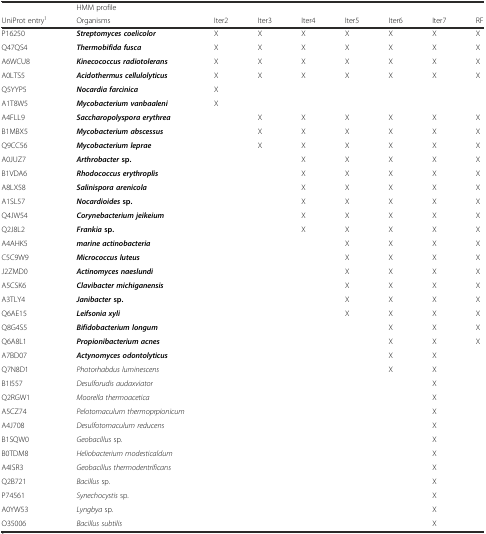
<table><thead><tr><td>[EMPTY_CELL]</td><td colspan="8"><b>HMM profile</b></td></tr><tr><td><b>UniProt entry<sup>1</sup></b></td><td><b>Organisms</b></td><td><b>Iter2</b></td><td><b>Iter3</b></td><td><b>Iter4</b></td><td><b>Iter5</b></td><td><b>Iter6</b></td><td><b>Iter7</b></td><td><b>RF</b></td></tr></thead><tbody><tr><td>P16250</td><td><b><i>Streptomyces coelicolor</i></b></td><td>X</td><td>X</td><td>X</td><td>X</td><td>X</td><td>X</td><td>X</td></tr><tr><td>Q47QS4</td><td><b><i>Thermobifida fusca</i></b></td><td>X</td><td>X</td><td>X</td><td>X</td><td>X</td><td>X</td><td>X</td></tr><tr><td>A6WCU8</td><td><b><i>Kinecococcus radiotolerans</i></b></td><td>X</td><td>X</td><td>X</td><td>X</td><td>X</td><td>X</td><td>X</td></tr><tr><td>A0LTS5</td><td><b><i>Acidothermus cellulolyticus</i></b></td><td>X</td><td>X</td><td>X</td><td>X</td><td>X</td><td>X</td><td>X</td></tr><tr><td>Q5YYP5</td><td><b><i>Nocardia farcinica</i></b></td><td>X</td><td>[EMPTY_CELL]</td><td>[EMPTY_CELL]</td><td>[EMPTY_CELL]</td><td>[EMPTY_CELL]</td><td>[EMPTY_CELL]</td><td>[EMPTY_CELL]</td></tr><tr><td>A1T8W5</td><td><b><i>Mycobacterium vanbaaleni</i></b></td><td>X</td><td>[EMPTY_CELL]</td><td>[EMPTY_CELL]</td><td>[EMPTY_CELL]</td><td>[EMPTY_CELL]</td><td>[EMPTY_CELL]</td><td>[EMPTY_CELL]</td></tr><tr><td>A4FLL9</td><td><b><i>Saccharopolyspora erythrea</i></b></td><td>[EMPTY_CELL]</td><td>X</td><td>X</td><td>X</td><td>X</td><td>X</td><td>X</td></tr><tr><td>B1MBX5</td><td><b><i>Mycobacterium abscessus</i></b></td><td>[EMPTY_CELL]</td><td>X</td><td>X</td><td>X</td><td>X</td><td>X</td><td>X</td></tr><tr><td>Q9CC56</td><td><b><i>Mycobacterium leprae</i></b></td><td>[EMPTY_CELL]</td><td>X</td><td>X</td><td>X</td><td>X</td><td>X</td><td>X</td></tr><tr><td>A0JUZ7</td><td><b><i>Arthrobacter</i></b><b>sp.</b></td><td>[EMPTY_CELL]</td><td>[EMPTY_CELL]</td><td>X</td><td>X</td><td>X</td><td>X</td><td>X</td></tr><tr><td>B1VDA6</td><td><b><i>Rhodococcus erythroplis</i></b></td><td>[EMPTY_CELL]</td><td>[EMPTY_CELL]</td><td>X</td><td>X</td><td>X</td><td>X</td><td>X</td></tr><tr><td>A8LX58</td><td><b><i>Salinispora arenicola</i></b></td><td>[EMPTY_CELL]</td><td>[EMPTY_CELL]</td><td>X</td><td>X</td><td>X</td><td>X</td><td>X</td></tr><tr><td>A1SL57</td><td><b><i>Nocardioides</i></b><b>sp.</b></td><td>[EMPTY_CELL]</td><td>[EMPTY_CELL]</td><td>X</td><td>X</td><td>X</td><td>X</td><td>X</td></tr><tr><td>Q4JW54</td><td><b><i>Corynebacterium jeikeium</i></b></td><td>[EMPTY_CELL]</td><td>[EMPTY_CELL]</td><td>X</td><td>X</td><td>X</td><td>X</td><td>X</td></tr><tr><td>Q2J8L2</td><td><b><i>Frankia</i></b><b>sp.</b></td><td>[EMPTY_CELL]</td><td>[EMPTY_CELL]</td><td>X</td><td>X</td><td>X</td><td>X</td><td>X</td></tr><tr><td>A4AHK5</td><td><b><i>marine actinobacteria</i></b></td><td>[EMPTY_CELL]</td><td>[EMPTY_CELL]</td><td>[EMPTY_CELL]</td><td>X</td><td>X</td><td>X</td><td>X</td></tr><tr><td>C5C9W9</td><td><b><i>Micrococcus luteus</i></b></td><td>[EMPTY_CELL]</td><td>[EMPTY_CELL]</td><td>[EMPTY_CELL]</td><td>X</td><td>X</td><td>X</td><td>X</td></tr><tr><td>J2ZMD0</td><td><b><i>Actinomyces naeslundi</i></b></td><td>[EMPTY_CELL]</td><td>[EMPTY_CELL]</td><td>[EMPTY_CELL]</td><td>X</td><td>X</td><td>X</td><td>X</td></tr><tr><td>A5CSK6</td><td><b><i>Clavibacter michiganensis</i></b></td><td>[EMPTY_CELL]</td><td>[EMPTY_CELL]</td><td>[EMPTY_CELL]</td><td>X</td><td>X</td><td>X</td><td>X</td></tr><tr><td>A3TLY4</td><td><b><i>Janibacter</i></b><b>sp.</b></td><td>[EMPTY_CELL]</td><td>[EMPTY_CELL]</td><td>[EMPTY_CELL]</td><td>X</td><td>X</td><td>X</td><td>X</td></tr><tr><td>Q6AE15</td><td><b><i>Leifsonia xyli</i></b></td><td>[EMPTY_CELL]</td><td>[EMPTY_CELL]</td><td>[EMPTY_CELL]</td><td>X</td><td>X</td><td>X</td><td>X</td></tr><tr><td>Q8G4S5</td><td><b><i>Bifidobacterium longum</i></b></td><td>[EMPTY_CELL]</td><td>[EMPTY_CELL]</td><td>[EMPTY_CELL]</td><td>[EMPTY_CELL]</td><td>X</td><td>X</td><td>X</td></tr><tr><td>Q6A8L1</td><td><b><i>Propionibacterium acnes</i></b></td><td>[EMPTY_CELL]</td><td>[EMPTY_CELL]</td><td>[EMPTY_CELL]</td><td>[EMPTY_CELL]</td><td>X</td><td>X</td><td>X</td></tr><tr><td>A7BD07</td><td><b><i>Actynomyces odontolyticus</i></b></td><td>[EMPTY_CELL]</td><td>[EMPTY_CELL]</td><td>[EMPTY_CELL]</td><td>[EMPTY_CELL]</td><td>X</td><td>X</td><td>[EMPTY_CELL]</td></tr><tr><td>Q7N8D1</td><td><i>Photorhabdus luminescens</i></td><td>[EMPTY_CELL]</td><td>[EMPTY_CELL]</td><td>[EMPTY_CELL]</td><td>[EMPTY_CELL]</td><td>X</td><td>X</td><td>[EMPTY_CELL]</td></tr><tr><td>B1I557</td><td><i>Desulforudis audaxviator</i></td><td>[EMPTY_CELL]</td><td>[EMPTY_CELL]</td><td>[EMPTY_CELL]</td><td>[EMPTY_CELL]</td><td>[EMPTY_CELL]</td><td>X</td><td>[EMPTY_CELL]</td></tr><tr><td>Q2RGW1</td><td><i>Moorella thermoacetica</i></td><td>[EMPTY_CELL]</td><td>[EMPTY_CELL]</td><td>[EMPTY_CELL]</td><td>[EMPTY_CELL]</td><td>[EMPTY_CELL]</td><td>X</td><td>[EMPTY_CELL]</td></tr><tr><td>A5CZ74</td><td><i>Pelotomaculum thermoprpionicum</i></td><td>[EMPTY_CELL]</td><td>[EMPTY_CELL]</td><td>[EMPTY_CELL]</td><td>[EMPTY_CELL]</td><td>[EMPTY_CELL]</td><td>X</td><td>[EMPTY_CELL]</td></tr><tr><td>A4J708</td><td><i>Desulfotomaculum reducens</i></td><td>[EMPTY_CELL]</td><td>[EMPTY_CELL]</td><td>[EMPTY_CELL]</td><td>[EMPTY_CELL]</td><td>[EMPTY_CELL]</td><td>X</td><td>[EMPTY_CELL]</td></tr><tr><td>B1SQW0</td><td><i>Geobacillus</i> sp.</td><td>[EMPTY_CELL]</td><td>[EMPTY_CELL]</td><td>[EMPTY_CELL]</td><td>[EMPTY_CELL]</td><td>[EMPTY_CELL]</td><td>X</td><td>[EMPTY_CELL]</td></tr><tr><td>B0TDM8</td><td><i>Heliobacterium modesticaldum</i></td><td>[EMPTY_CELL]</td><td>[EMPTY_CELL]</td><td>[EMPTY_CELL]</td><td>[EMPTY_CELL]</td><td>[EMPTY_CELL]</td><td>X</td><td>[EMPTY_CELL]</td></tr><tr><td>A4ISR3</td><td><i>Geobacillus thermodentrificans</i></td><td>[EMPTY_CELL]</td><td>[EMPTY_CELL]</td><td>[EMPTY_CELL]</td><td>[EMPTY_CELL]</td><td>[EMPTY_CELL]</td><td>X</td><td>[EMPTY_CELL]</td></tr><tr><td>Q2B721</td><td><i>Bacillus</i> sp.</td><td>[EMPTY_CELL]</td><td>[EMPTY_CELL]</td><td>[EMPTY_CELL]</td><td>[EMPTY_CELL]</td><td>[EMPTY_CELL]</td><td>X</td><td>[EMPTY_CELL]</td></tr><tr><td>P74561</td><td><i>Synechocystis</i> sp.</td><td>[EMPTY_CELL]</td><td>[EMPTY_CELL]</td><td>[EMPTY_CELL]</td><td>[EMPTY_CELL]</td><td>[EMPTY_CELL]</td><td>X</td><td>[EMPTY_CELL]</td></tr><tr><td>A0YW53</td><td><i>Lyngbya</i> sp.</td><td>[EMPTY_CELL]</td><td>[EMPTY_CELL]</td><td>[EMPTY_CELL]</td><td>[EMPTY_CELL]</td><td>[EMPTY_CELL]</td><td>X</td><td>[EMPTY_CELL]</td></tr><tr><td>O35006</td><td><i>Bacillus subtilis</i></td><td>[EMPTY_CELL]</td><td>[EMPTY_CELL]</td><td>[EMPTY_CELL]</td><td>[EMPTY_CELL]</td><td>[EMPTY_CELL]</td><td>X</td><td>[EMPTY_CELL]</td></tr></tbody></table>